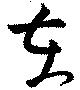
在